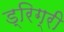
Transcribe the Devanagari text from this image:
ड्रिग्री